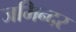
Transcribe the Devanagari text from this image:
जमिन्दर